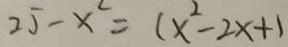
2 5 - x ^ { 2 } = ( x ^ { 2 } - 2 x + 1